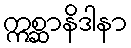
ဣစ္ဆာနိဒါနာ